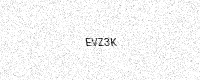
Text: EVZ3K